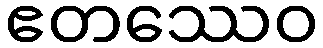
ဧတဿေဝ